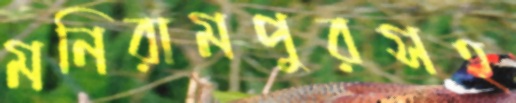
মনিরামপুরসহ